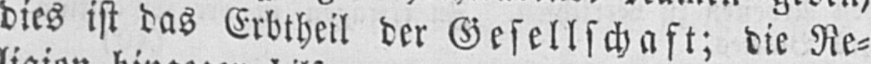
dies ist das Erbtheil der Gesellschaft; die Re⸗